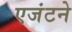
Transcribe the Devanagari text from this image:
एजंटने